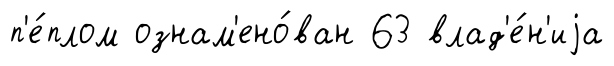
п'е́плом ознам'ено́ван 63 влад'е́н'иjа